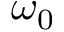
\omega _ { 0 }